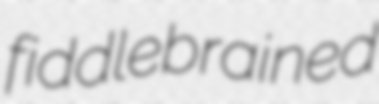
fiddlebrained